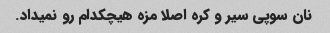
نان سوپی سیر و کره اصلا مزه هیچکدام رو نمیداد.